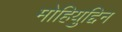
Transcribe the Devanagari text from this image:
मोहियुद्दिन